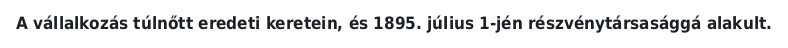
A vállalkozás túlnőtt eredeti keretein, és 1895. július 1-jén részvénytársasággá alakult.